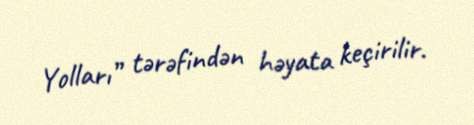
Yolları” tərəfindən həyata keçirilir.